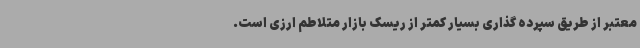
معتبر از طریق سپرده گذاری بسیار کمتر از ریسک بازار متلاطم ارزی است.